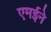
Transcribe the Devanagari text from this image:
एमईने